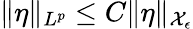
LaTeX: \| \eta\| _{L^{p}}\le C\| \eta\| _{\mathcal{X}_{\epsilon}}